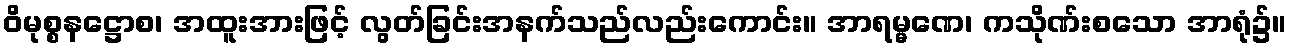
ဝိမုစ္စနဋ္ဌောစ၊ အထူးအားဖြင့် လွတ်ခြင်းအနက်သည်လည်းကောင်း။ အာရမ္မဏေ၊ ကသိုဏ်းစသော အာရုံ၌။